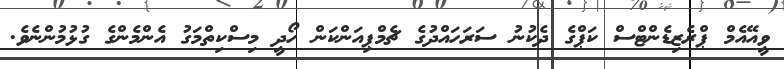
ވީއޭއެމް ޕްރެޒިޑެންޓްސް ކަޕްގެ ދެކުނު ސަރަހައްދުގެ ޗެމްޕިއަންކަން ހޯދީ މިސްކިތްމަގު އެންމެންގެ ގުޅުމުންނެވެ.